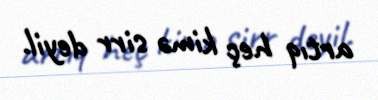
artıq heç kimə sirr deyil.